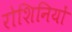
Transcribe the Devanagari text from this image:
रोशिनियों